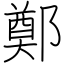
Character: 鄭